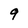
Character: 9